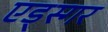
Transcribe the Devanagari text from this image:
एड्स्गर